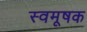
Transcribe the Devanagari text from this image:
स्वमूषक